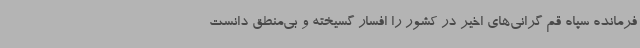
فرمانده سپاه قم گرانی‌های اخیر در کشور را افسار گسیخته و بی‌منطق دانست